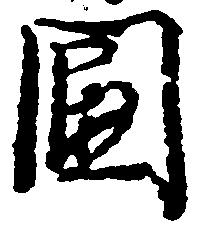
国